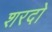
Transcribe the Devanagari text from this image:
शरदो